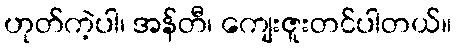
ဟုတ်ကဲ့ပါ၊ အန်တီ၊ ကျေးဇူးတင်ပါတယ်။